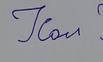
Signature authenticity: forged